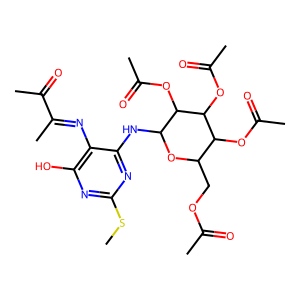
SMILES: CSc1nc(O)c(N=C(C)C(C)=O)c(NC2OC(COC(C)=O)C(OC(C)=O)C(OC(C)=O)C2OC(C)=O)n1
Inhibits HIV replication: No